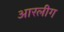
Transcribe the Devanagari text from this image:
आरलीग